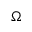
\Omega